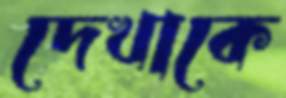
দেখাকে